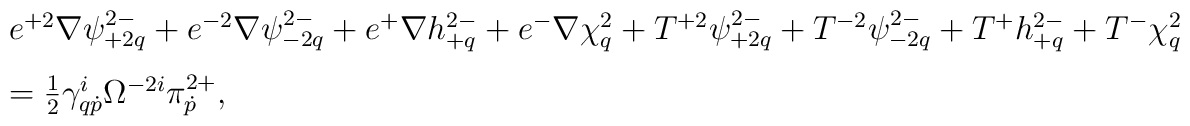
\begin{array}{l}e^{+2}\nabla\psi^{2-}_{+2q}+e^{-2}\nabla\psi^{2-}_{-2q}+e^+\nabla h^{2-}_{+q}+e^-\nabla\chi^2_q+T^{+2}\psi^{2-}_{+2q}+T^{-2}\psi^{2-}_{-2q}+T^+h^{2-}_{+q}+T^-\chi^2_q\\[0.3cm]=\frac12\gamma^i_{q\dot p}\Omega^{-2i}\pi^{2+}_{\dot p},\end{array}